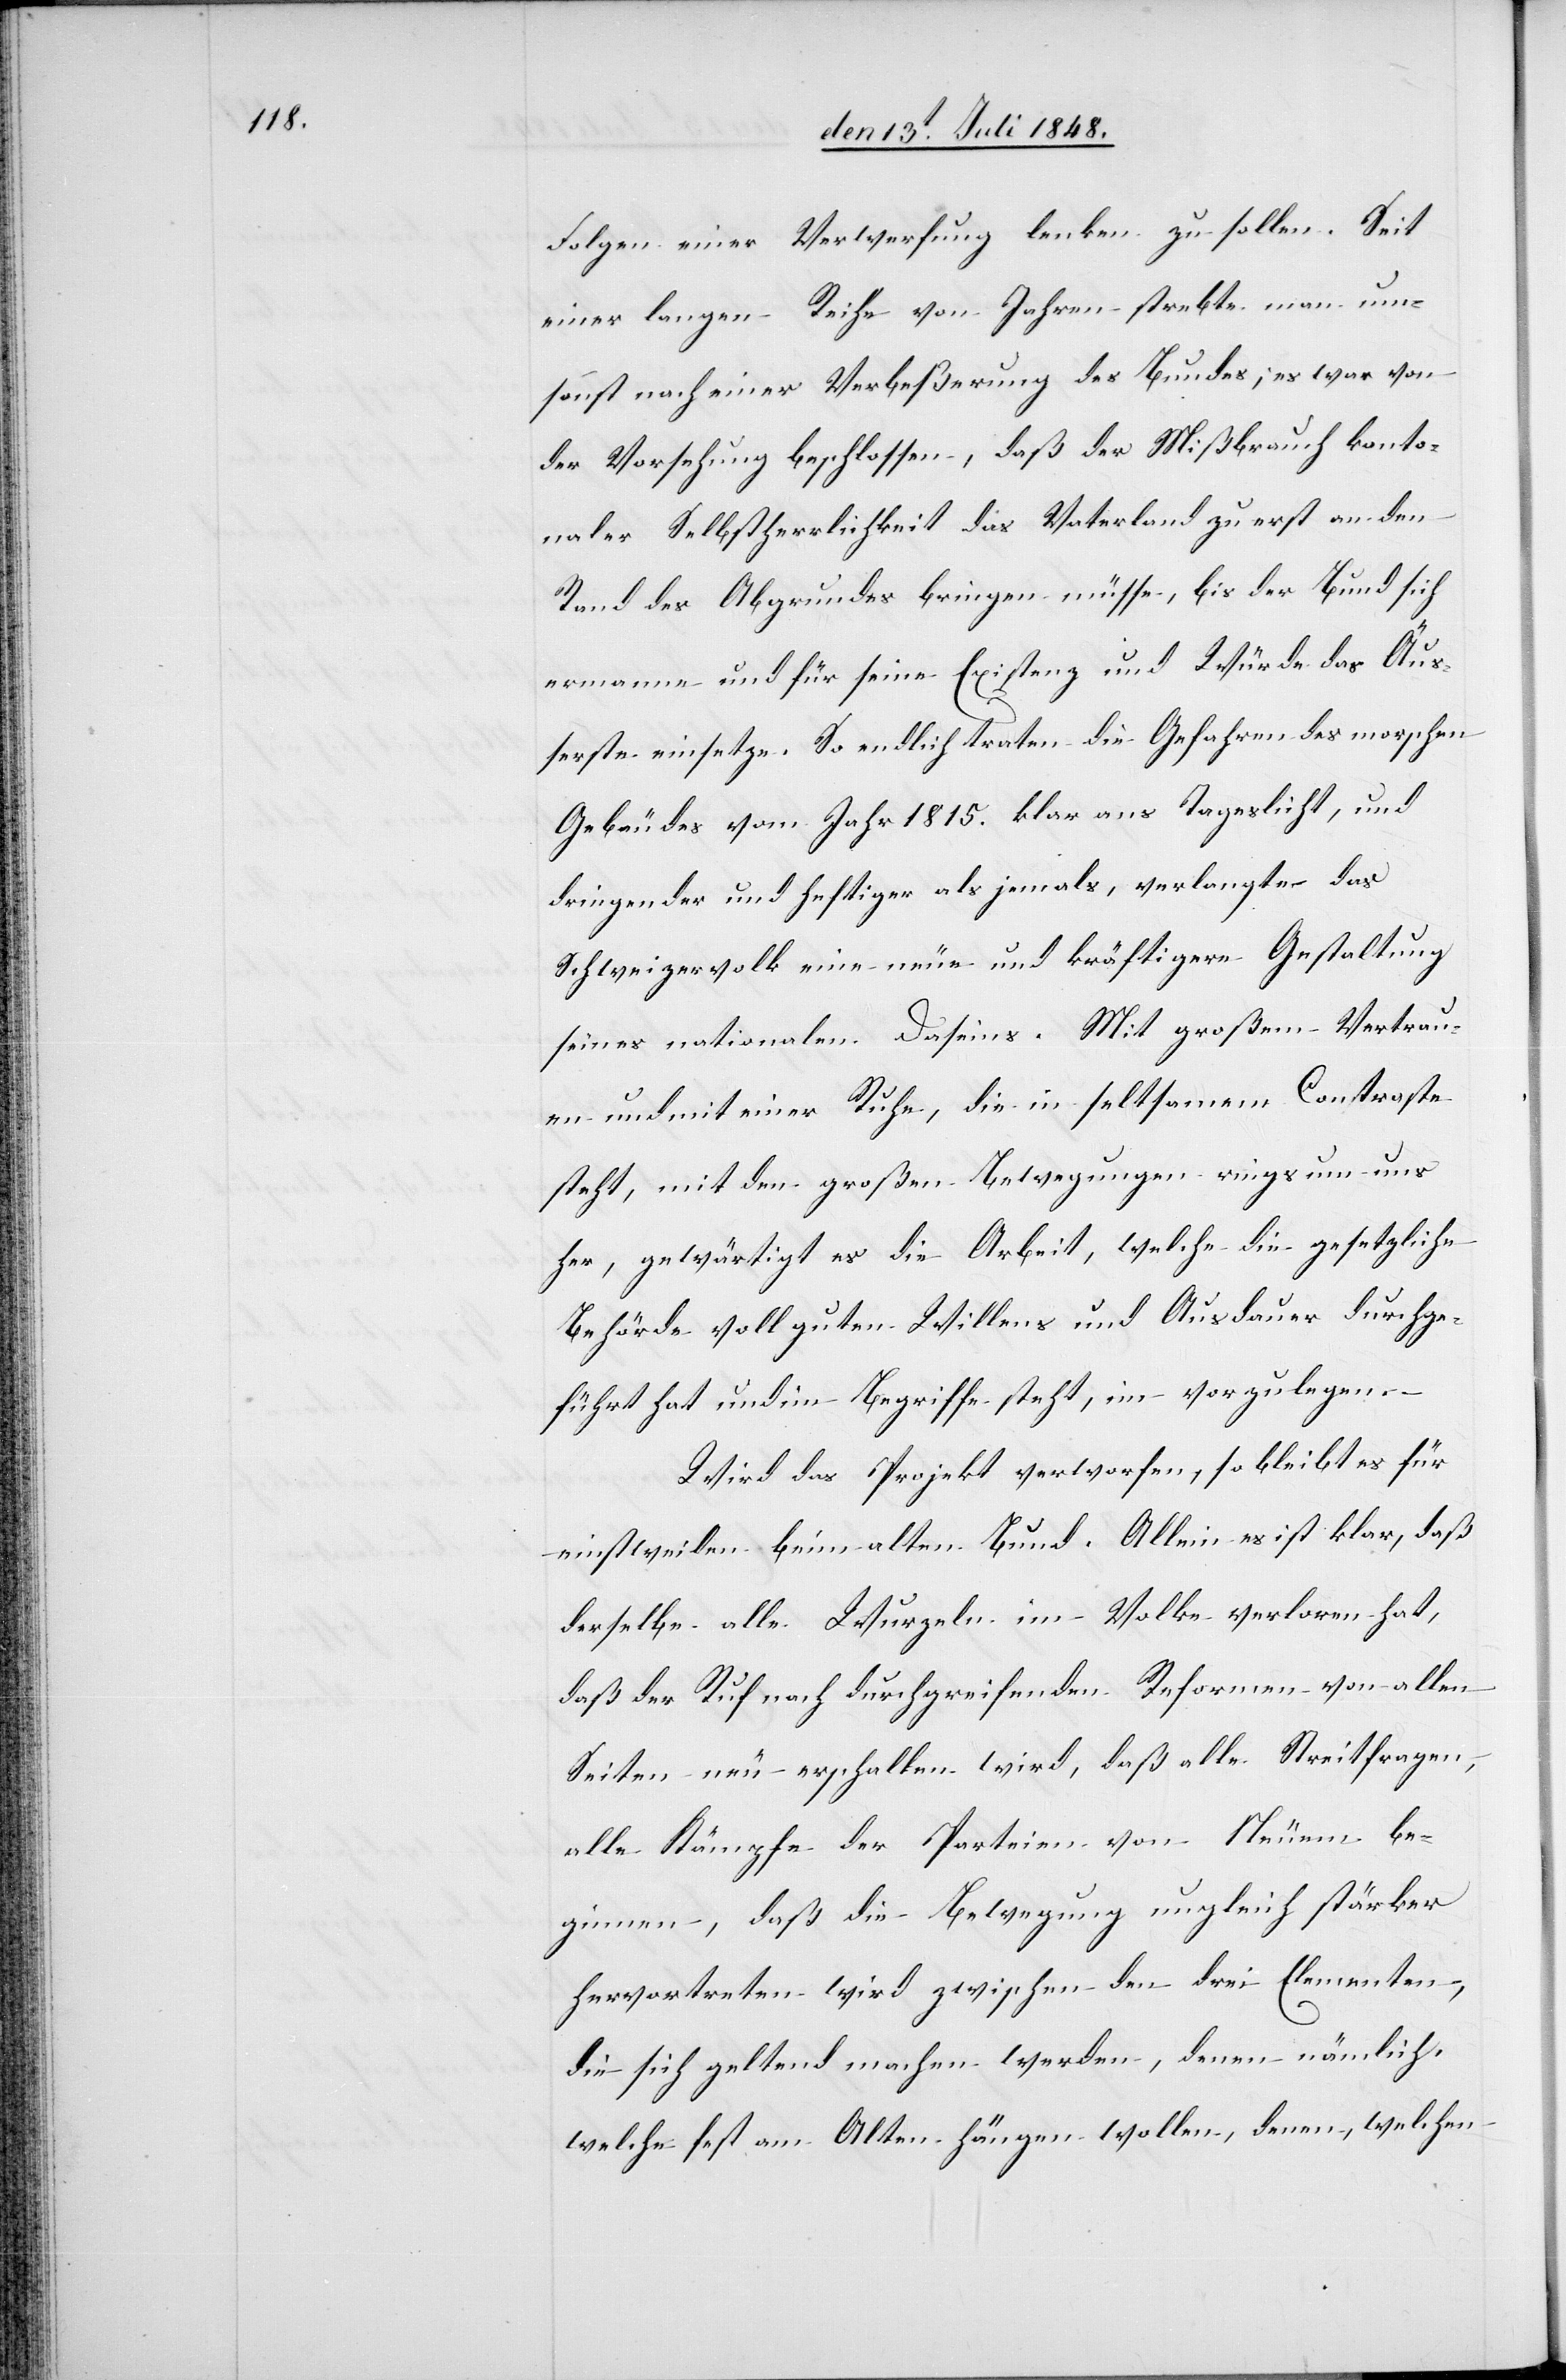
Folgen einer Verwerfung lenken zu sollen. Seit
einer langen Reihe von Jahren strebte man um¬
sonst nach einer Verbeßerung des Bundes; es war von
der Vorsehung beschlossen, daß der Mißbrauch kanto¬
naler Selbstherrlichkeit das Vaterland zu erst an den
Rand des Abgrundes bringen müsse, bis der Bund sich
ermanne und für seine Existenz und Würde das Äuß¬
erste einsetze. So endlich traten die Gefahren des morschen
Gebäudes vom Jahr 1815. klar ans Tageslicht, und
dringender und heftiger als jemals, verlangte das
Schweizervolk eine neue und kräftigere Gestaltung
seines nationalen Daseins. Mit großem Vertrau¬
en und mit einer Ruhe, die in seltsamem Contraste
steht, mit den großen Bewegungen rings um uns
her, gewärtigt es die Arbeit, welche die gesetzliche
Behörde voll guten Willens und Ausdauer durchge¬
führt hat und im Begriffe steht, i[h]m vorzulegen.
Wird das Projekt verworfen, so bleibt es für
einstweilen beim alten Bund. Allein es ist klar, daß
derselbe alle Wurzeln im Volke verloren hat,
daß der Ruf nach durchgreifenden Reformen von allen
Seiten neu erschallen wird, daß alle Streitfragen,
alle Kämpfe der Parteien von Neuem be¬
ginnen, daß die Bewegung ungleich stärker
hervortreten wird zwischen den drei Elementen,
die sich geltend machen werden, denen nämlich,
welche fest am Alten hängen wollen, denen, welchen